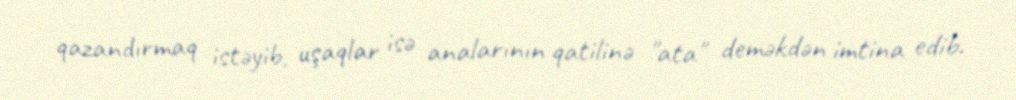
qazandırmaq istəyib, uşaqlar isə analarının qatilinə "ata" deməkdən imtina edib.